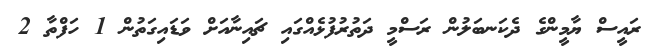
ރައީސް ޔާމީންގެ ދެކަނބަލުން ރަސްމީ ދަތުރުފުޅެއްގައި ޗައިނާއަށް ވަޑައިގަތުން 1 ހަފްތާ 2